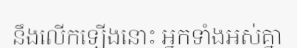
នឹងលើកឡើងនោះ អ្នកទាំងអស់គ្នា